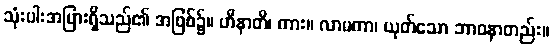
သုံးပါးအပြားရှိသည်၏ အဖြစ်၌။ ဟီနာတိ၊ ကား။ လာမကာ၊ ယုတ်သော ဘာဝနာတည်း။